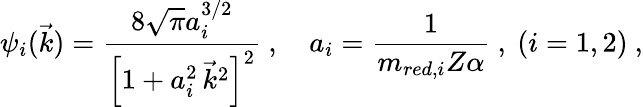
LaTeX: \psi_{i}(\vec{k})=\frac{8\sqrt{\pi}a_{i}^{3/2}}{\left[1+a_{i}^{2}\, \vec{k}^{2}\right]^{2}}\ ,\quad a_{i}=\frac{1}{m_{red,i}Z\alpha}\ ,\ (i=1,2)\ ,